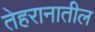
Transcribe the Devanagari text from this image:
तेहरानातील